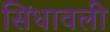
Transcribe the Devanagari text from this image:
सिंधावली